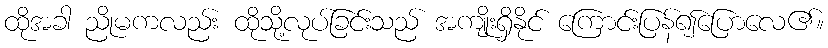
ထိုအခါ ညိုမကလည်း ထိုသို့လုပ်ခြင်းသည် အကျိုးရှိနိုင် ကြောင်းပြန်၍ပြောလေ၏။